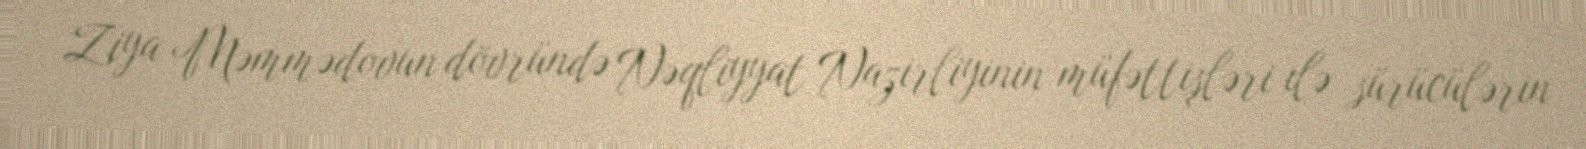
Ziya Məmmədovun dövründə Nəqliyyat Nazirliyinin müfəttişləri ilə sürücülərin